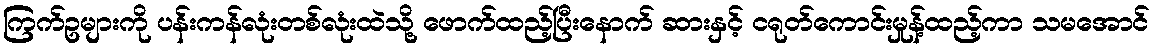
ကြက်ဥများကို ပန်းကန်လုံးတစ်လုံးထဲသို့ ဖောက်ထည့်ပြီးနောက် ဆားနှင့် ငရုတ်ကောင်းမှုန့်ထည့်ကာ သမအောင်